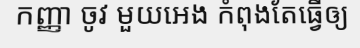
កញ្ញា ចូវ មួយអេង កំពុងតែធ្វើឲ្យ